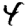
Digit: 4